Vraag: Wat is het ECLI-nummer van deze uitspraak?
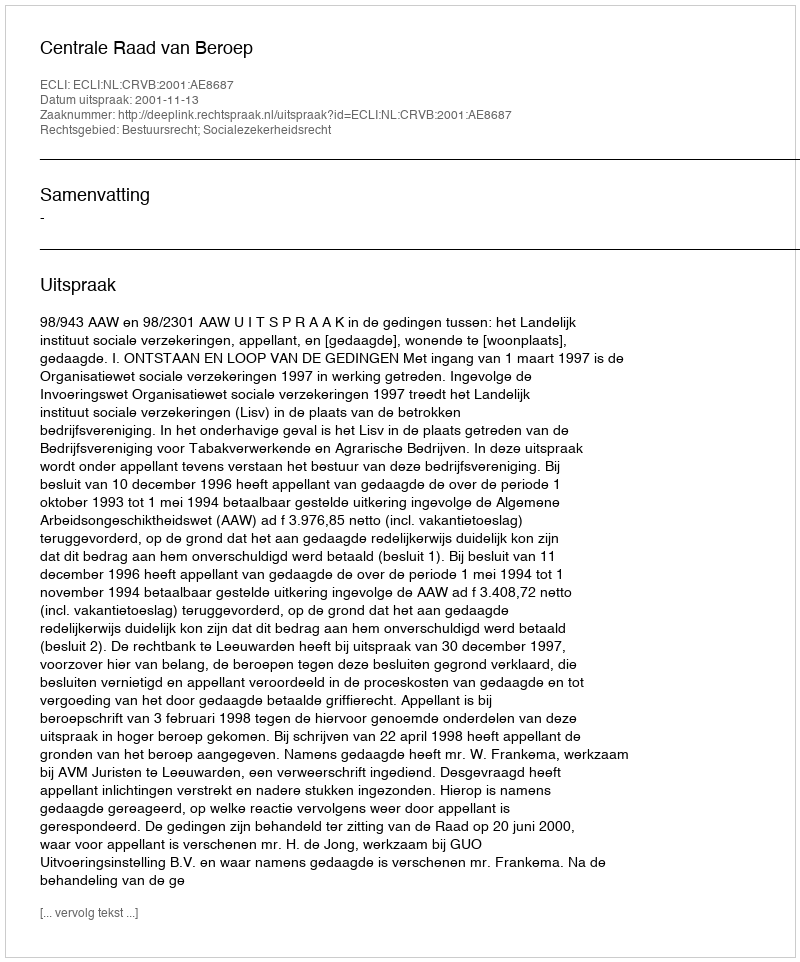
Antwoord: ECLI:NL:CRVB:2001:AE8687